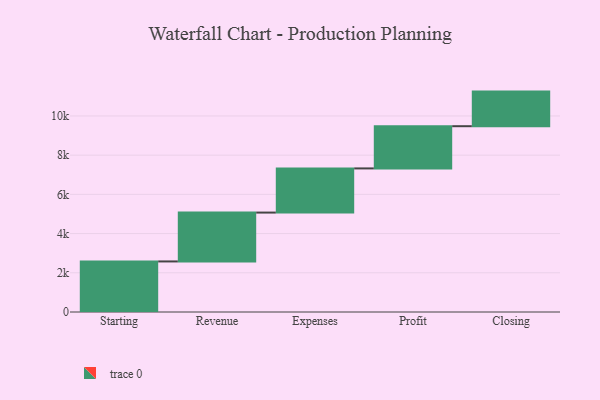
{"axis": {"x": "Step", "y": "Value"}, "legend": [""], "data": [{"x": "Starting", "y": 2579.0, "type": ""}, {"x": "Revenue", "y": 2492.0, "type": ""}, {"x": "Expenses", "y": 2253.0, "type": ""}, {"x": "Profit", "y": 2153.0, "type": ""}, {"x": "Closing", "y": 1765.0, "type": ""}]}